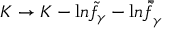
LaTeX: K \rightarrow K - { \mathrm { l } n } { \tilde { f } } _ { \gamma } - { \mathrm { l } n } { \bar { \tilde { f } } _ { \gamma } }